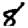
Digit: 8